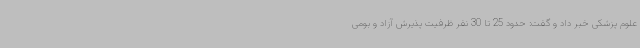
علوم پزشکی خبر داد و گفت: حدود 25 تا 30 نفر ظرفیت پذیرش آزاد و بومی